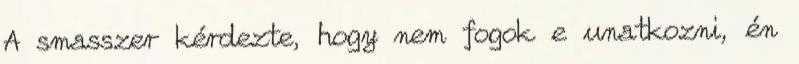
A smasszer kérdezte, hogy nem fogok e unatkozni, én